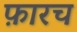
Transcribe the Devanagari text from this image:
फ़ारच